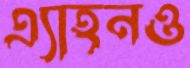
এ্যাহনও